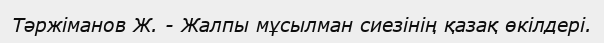
Тәржіманов Ж. - Жалпы мұсылман сиезінің қазақ өкілдері.